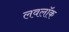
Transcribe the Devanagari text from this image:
लवलॉक